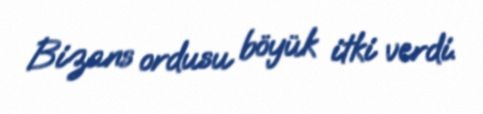
Bizans ordusu böyük itki verdi.